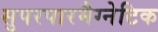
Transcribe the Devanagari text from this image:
सुपरपारमैग्नेटिक